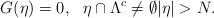
LaTeX: \begin{align*} G(\eta) = 0, \ \ \eta \cap \Lambda^c \neq \emptyset |\eta| > N.\end{align*}